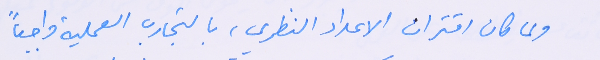
ولما كان اقتران الاعداد النظري، بالتجارب العملية واجباً